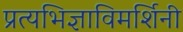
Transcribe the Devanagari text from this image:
प्रत्यभिज्ञाविमर्शिनी